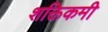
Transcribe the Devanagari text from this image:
शक्तिकमी